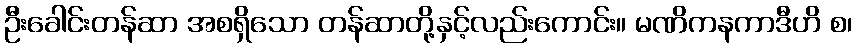
ဦးခေါင်းတန်ဆာ အစရှိသော တန်ဆာတို့နှင့်လည်းကောင်း။ မဏိကနကာဒီဟိ စ၊